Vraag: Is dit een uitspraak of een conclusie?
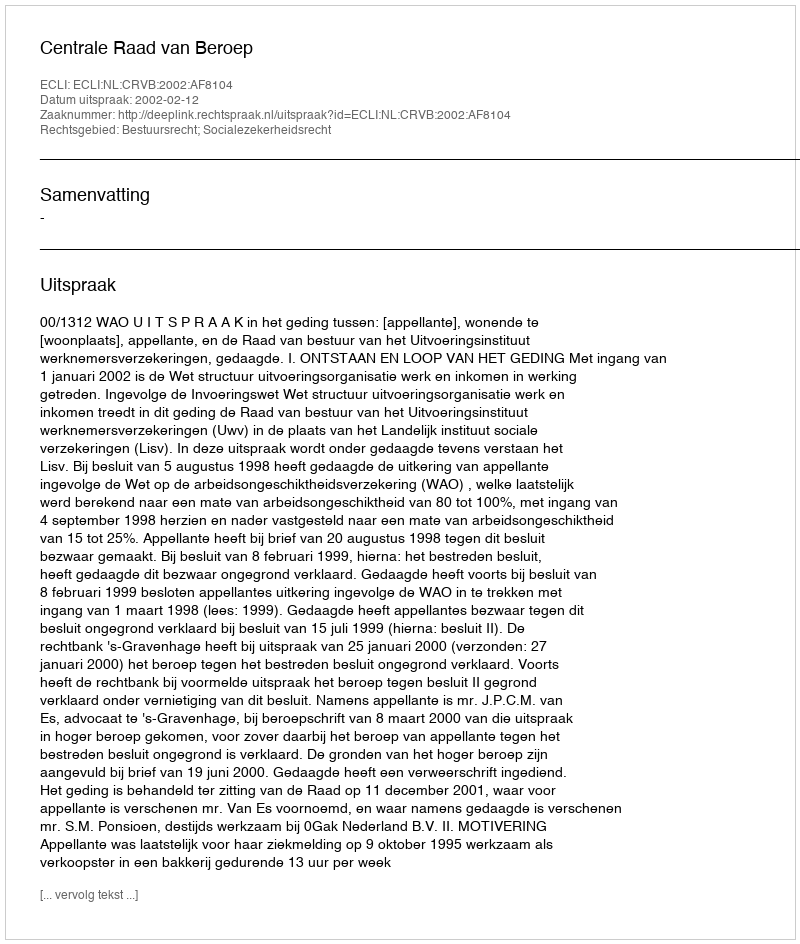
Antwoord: Uitspraak